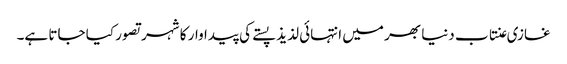
غازی عنتاب دنیا بھر میں انتہائی لذیذ پستے کی پیداوار کا شہر تصور کیا جاتا ہے۔